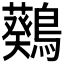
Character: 𪆴